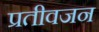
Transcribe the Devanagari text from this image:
प्रतीवजन